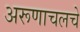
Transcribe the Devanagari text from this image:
अरूणाचलचे